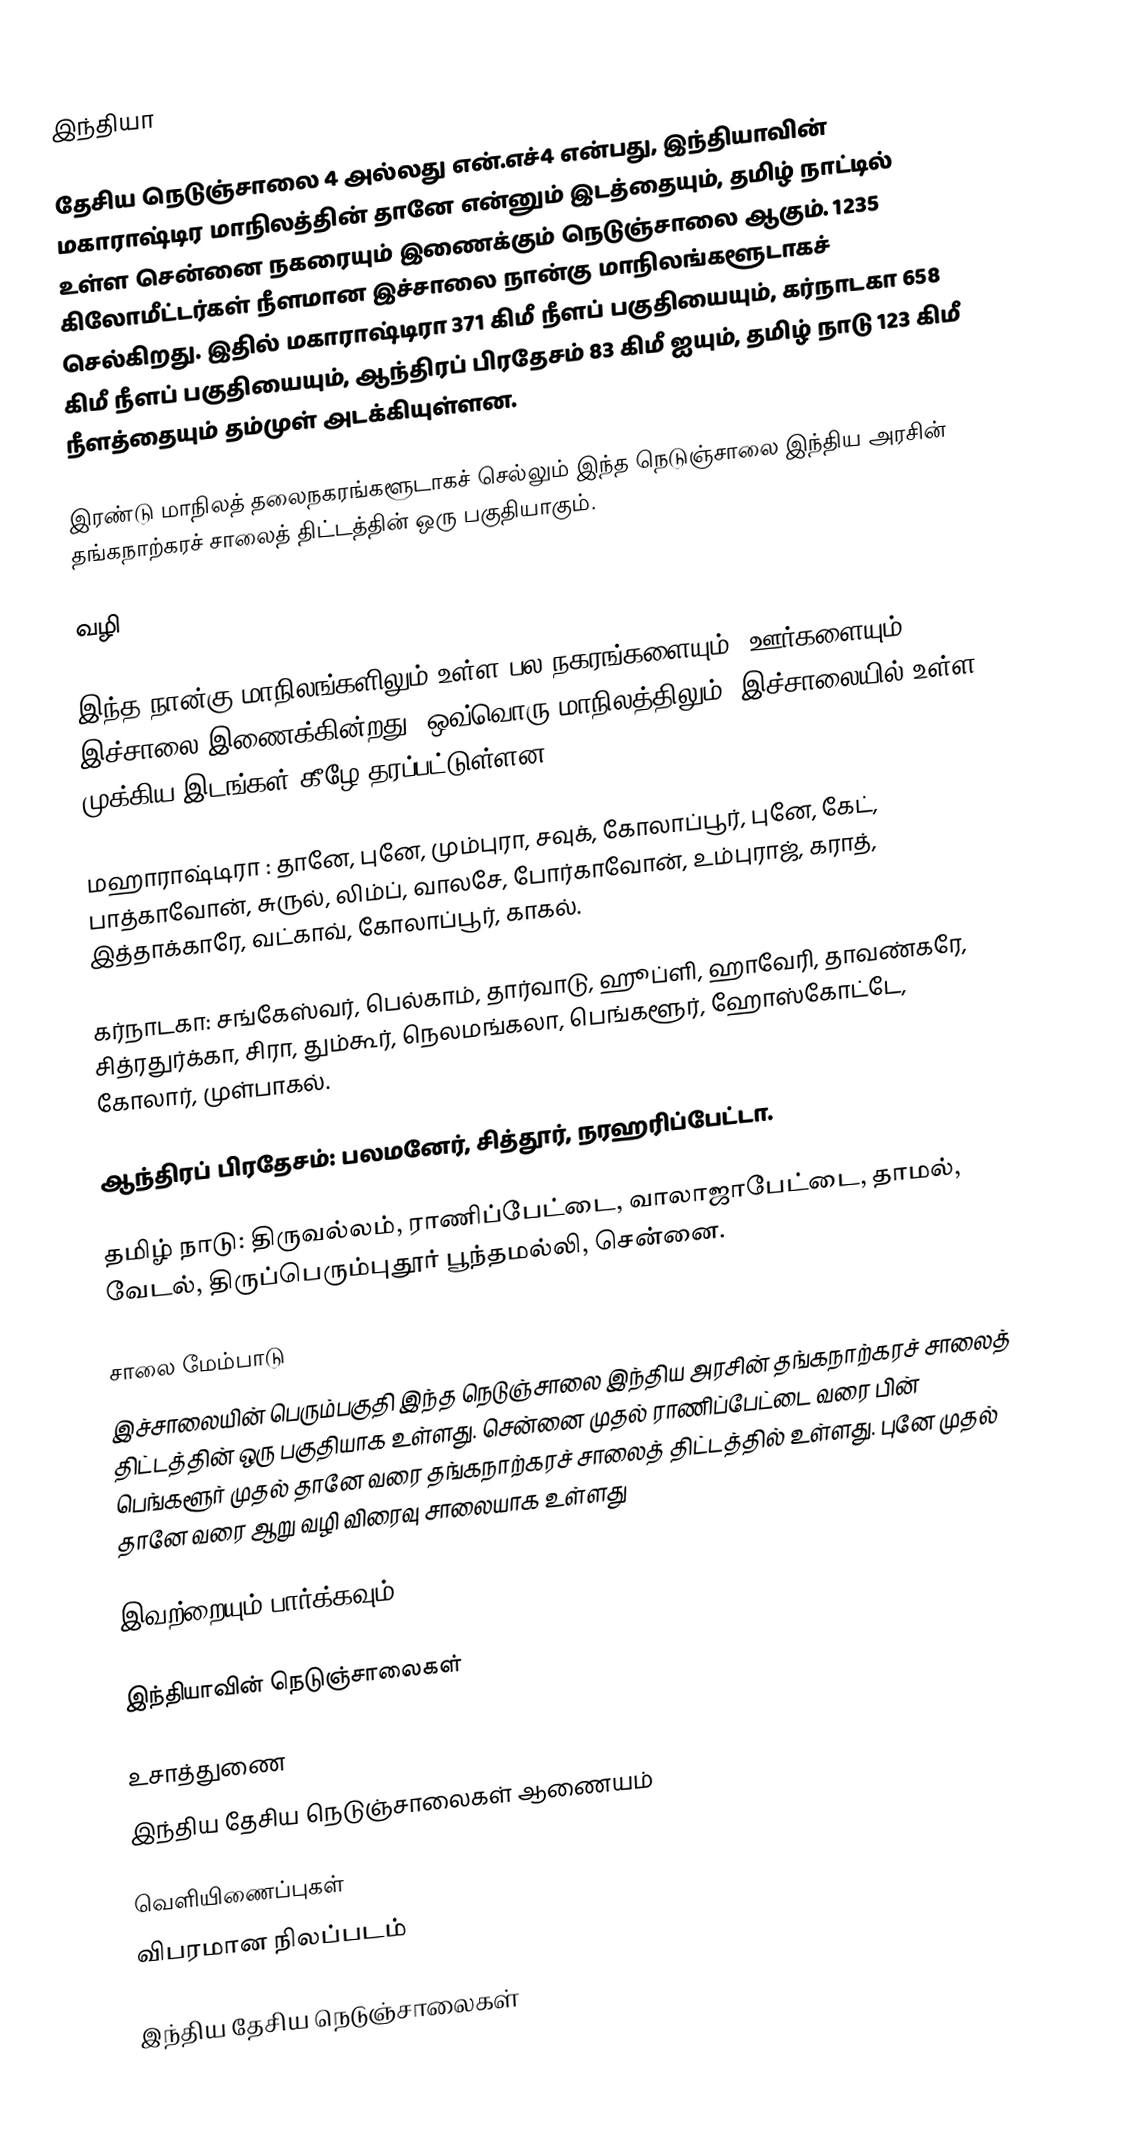
இந்தியா

தேசிய நெடுஞ்சாலை 4 அல்லது என்.எச்4 என்பது, இந்தியாவின் மகாராஷ்டிர மாநிலத்தின் தானே என்னும் இடத்தையும்,  தமிழ் நாட்டில் உள்ள சென்னை நகரையும் இணைக்கும் நெடுஞ்சாலை ஆகும். 1235 கிலோமீட்டர்கள் நீளமான இச்சாலை நான்கு மாநிலங்களூடாகச் செல்கிறது. இதில் மகாராஷ்டிரா 371 கிமீ நீளப் பகுதியையும், கர்நாடகா 658 கிமீ நீளப் பகுதியையும், ஆந்திரப் பிரதேசம் 83 கிமீ ஐயும், தமிழ் நாடு 123 கிமீ நீளத்தையும் தம்முள் அடக்கியுள்ளன.

இரண்டு மாநிலத் தலைநகரங்களூடாகச் செல்லும் இந்த நெடுஞ்சாலை இந்திய அரசின் தங்கநாற்கரச் சாலைத் திட்டத்தின் ஒரு பகுதியாகும்.

வழி

இந்த நான்கு மாநிலங்களிலும் உள்ள பல நகரங்களையும், ஊர்களையும் இச்சாலை இணைக்கின்றது. ஒவ்வொரு மாநிலத்திலும், இச்சாலையில் உள்ள முக்கிய இடங்கள் கீழே தரப்பட்டுள்ளன.

 மஹாராஷ்டிரா : தானே, புனே, மும்புரா, சவுக், கோலாப்பூர், புனே, கேட், பாத்காவோன், சுருல், லிம்ப், வாலசே, போர்காவோன், உம்புராஜ், கராத், இத்தாக்காரே, வட்காவ், கோலாப்பூர், காகல்.

 கர்நாடகா: சங்கேஸ்வர், பெல்காம், தார்வாடு, ஹூப்ளி, ஹாவேரி, தாவண்கரே, சித்ரதுர்க்கா, சிரா, தும்கூர், நெலமங்கலா, பெங்களூர், ஹோஸ்கோட்டே, கோலார், முள்பாகல்.

 ஆந்திரப் பிரதேசம்: பலமனேர், சித்தூர், நரஹரிப்பேட்டா.

 தமிழ் நாடு: திருவல்லம், ராணிப்பேட்டை, வாலாஜாபேட்டை, தாமல், வேடல், திருப்பெரும்புதூர் பூந்தமல்லி, சென்னை.

சாலை மேம்பாடு
இச்சாலையின் பெரும்பகுதி இந்த நெடுஞ்சாலை இந்திய அரசின் தங்கநாற்கரச் சாலைத் திட்டத்தின் ஒரு பகுதியாக உள்ளது. சென்னை முதல்  ராணிப்பேட்டை வரை பின்  பெங்களூர் முதல்  தானே வரை தங்கநாற்கரச் சாலைத் திட்டத்தில் உள்ளது. புனே முதல்  தானே வரை ஆறு வழி விரைவு சாலையாக உள்ளது

இவற்றையும் பார்க்கவும்

 இந்தியாவின் நெடுஞ்சாலைகள்

உசாத்துணை
 இந்திய தேசிய நெடுஞ்சாலைகள் ஆணையம்

வெளியிணைப்புகள்
 விபரமான நிலப்படம்

இந்திய தேசிய நெடுஞ்சாலைகள்